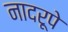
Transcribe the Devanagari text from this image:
नादरूपे